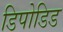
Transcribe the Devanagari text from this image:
डिपोडिड